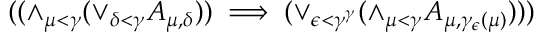
( ( \land _ { \mu < \gamma } { ( \lor _ { \delta < \gamma } { A _ { \mu , \delta } } ) } ) \implies ( \lor _ { \epsilon < \gamma ^ { \gamma } } { ( \land _ { \mu < \gamma } { A _ { \mu , \gamma _ { \epsilon } ( \mu ) } ) } } ) )